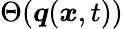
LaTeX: \Theta(\boldsymbol{q}(\boldsymbol{x},t))